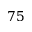
7 5